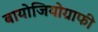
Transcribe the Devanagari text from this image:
बायोजियोग्राफी